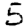
Digit: 5